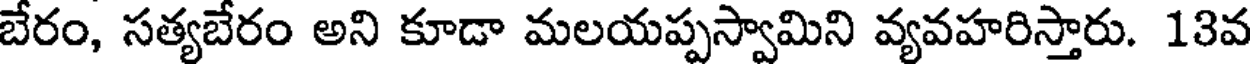
బేరం, సత్యబేరం అని కూడా మలయప్పస్వామిని వ్యవహరిస్తారు. 13వ